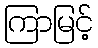
ကြာမြင့်